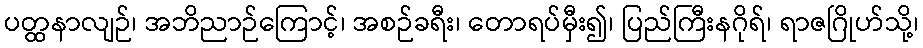
ပတ္ထနာလျဉ်၊ အဘိညာဉ်ကြောင့်၊ အစဉ်ခရီး၊ တောရပ်မှီး၍၊ ပြည်ကြီးနဂိုရ်၊ ရာဇဂြိုဟ်သို့၊